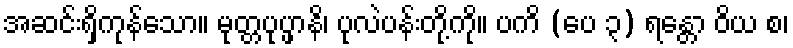
အဆင်းရှိကုန်သော။ မုတ္တပုပ္ဖာနိ၊ ပုလဲပန်းတို့ကို။ ပကိ (ပေ ၃) ရန္တော ဝိယ စ၊